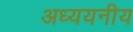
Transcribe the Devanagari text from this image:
अध्ययनीय